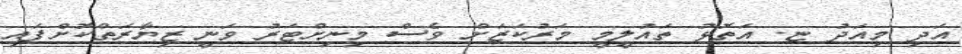
އަދި މިއަދު ޏ. އަތޮޅު ތައުލީމީ މަރުކަޒަށް ވެސް މިނިށްޓަރު ވަނީ ޒިޔާރަތްކޮށްފައި